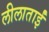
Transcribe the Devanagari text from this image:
लीलाताईं